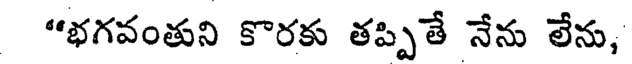
"భగవంతుని కొరకు తప్పితే నేను లేను,